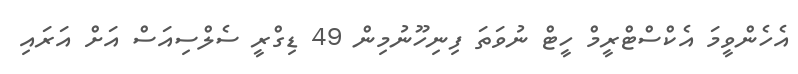
އެހެންވީމަ އެކްސްޓްރީމް ހީޓް ނުވަތަ ފިނިހޫނުމިން 49 ޑިގްރީ ސެލްސިއަސް އަށް އަރައި